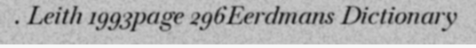
. Leith 1993page 296Eerdmans Dictionary